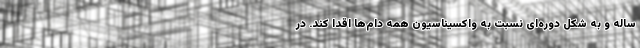
ساله و به شکل دوره‌ای نسبت به واکسیناسیون همه دام‌ها اقدا کند. در